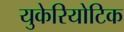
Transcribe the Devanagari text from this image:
युकेरियोटिक